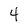
Character: 4